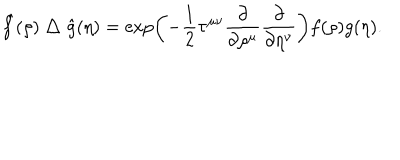
{ \hat { f } } ( \rho ) \bigtriangleup { \hat { g } } ( \eta ) = \exp \biggl ( - \frac { 1 } { 2 } \tau ^ { \mu \nu } \frac { \partial } { \partial \rho ^ { \mu } } \frac { \partial } { \partial \eta ^ { \nu } } \biggl ) f ( \rho ) g ( \eta ) .